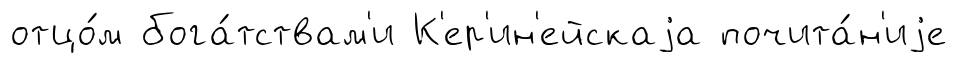
отцо́м бога́тствам'и К'ер'ин'ейскаjа почита́н'иjе